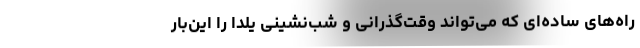
راه‌های ساده‌ای که می‌تواند وقت‌گذرانی و شب‌نشینی یلدا را این‌بار